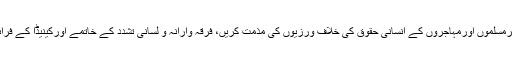
Tom Kmiec نے ایوان کے تمام ممبران سے کہاکہ وہ پاکستان میں بلوچوں، غیرمسلموں اورمہاجروں کے انسانی حقوق کی خلاف ورزیوں کی مذمت کریں، فرقہ وارانہ و لسانی تشدد کے خاتمے اورکینیڈا کے فرائض اجاگر کرنے کیلئے آگے بڑھ کر کام کریں ۔